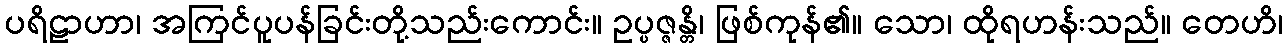
ပရိဠာဟာ၊ အကြင်ပူပန်ခြင်းတို့သည်းကောင်း။ ဥပ္ပဇ္ဇန္တိ၊ ဖြစ်ကုန်၏။ သော၊ ထိုရဟန်းသည်။ တေဟိ၊